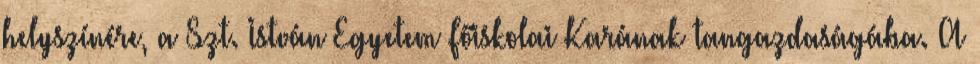
helyszínére, a Szt. István Egyetem Főiskolai Karának tangazdaságába. A